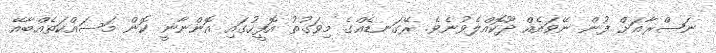
ނަޞްރާއަށް ފުން ނޭވައެއް ދޫކޮއްލެވުނެވެ. ރޭގަނޑެއްގެ މިވަގުތު އޮފީހުގައި އޮންނާނީ ކޮން މަސައްކަތެއްބާއޭ